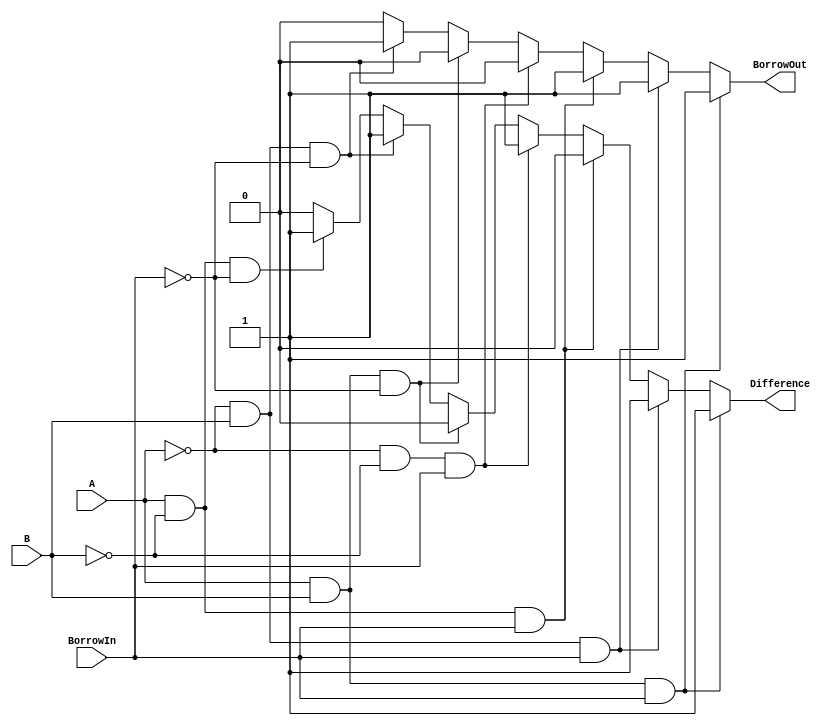
module full_subtractor(
    input A,
    input B,
    input BorrowIn,
    output reg Difference,
    output reg BorrowOut
);

always @* begin
    if (A == 1 && B == 1 && BorrowIn == 1) begin
        Difference = 1;
        BorrowOut = 1;
    end else if (A == 0 && B == 1 && BorrowIn == 1) begin
        Difference = 1;
        BorrowOut = 1;
    end else if (A == 1 && B == 0 && BorrowIn == 1) begin
        Difference = 0;
        BorrowOut = 1;
    end else if (A == 0 && B == 0 && BorrowIn == 1) begin
        Difference = 1;
        BorrowOut = 0;
    end else if (A == 1 && B == 1 && BorrowIn == 0) begin
        Difference = 0;
        BorrowOut = 0;
    end else if (A == 0 && B == 1 && BorrowIn == 0) begin
        Difference = 1;
        BorrowOut = 1;
    end else if (A == 1 && B == 0 && BorrowIn == 0) begin
        Difference = 1;
        BorrowOut = 0;
    end else begin
        Difference = 0;
        BorrowOut = 0;
    end
end

endmodule